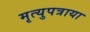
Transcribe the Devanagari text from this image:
मृत्युपत्राया